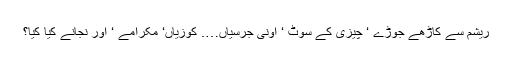
ریشم سے کاڑھے جوڑے ‘ چیزی کے سوٹ ‘ اونی جرسیاں…. کوزیاں‘ مکرامے ‘ اور نجانے کیا کیا؟